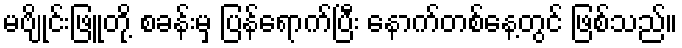
မဗျိုင်းဖြူတို့ စခန်းမှ ပြန်ရောက်ပြီး နောက်တစ်နေ့တွင် ဖြစ်သည်။